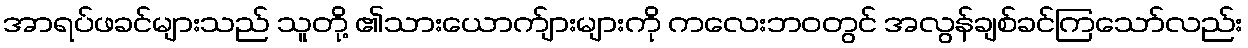
အာရပ်ဖခင်များသည် သူတို့ ၏သားယောက်ျားများကို ကလေးဘဝတွင် အလွန်ချစ်ခင်ကြသော်လည်း